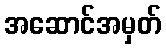
အဆောင်အမှတ်